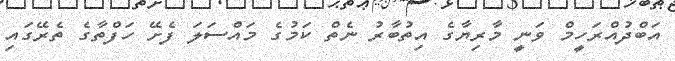
އަބްދުއްރަހީމް ވަނީ މާރިޔާގެ އިތުބާރު ނެތް ކަމުގެ މައްސަލަ ފެށޭ ހަފްތާގެ ތެރޭގައި